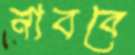
নাববে